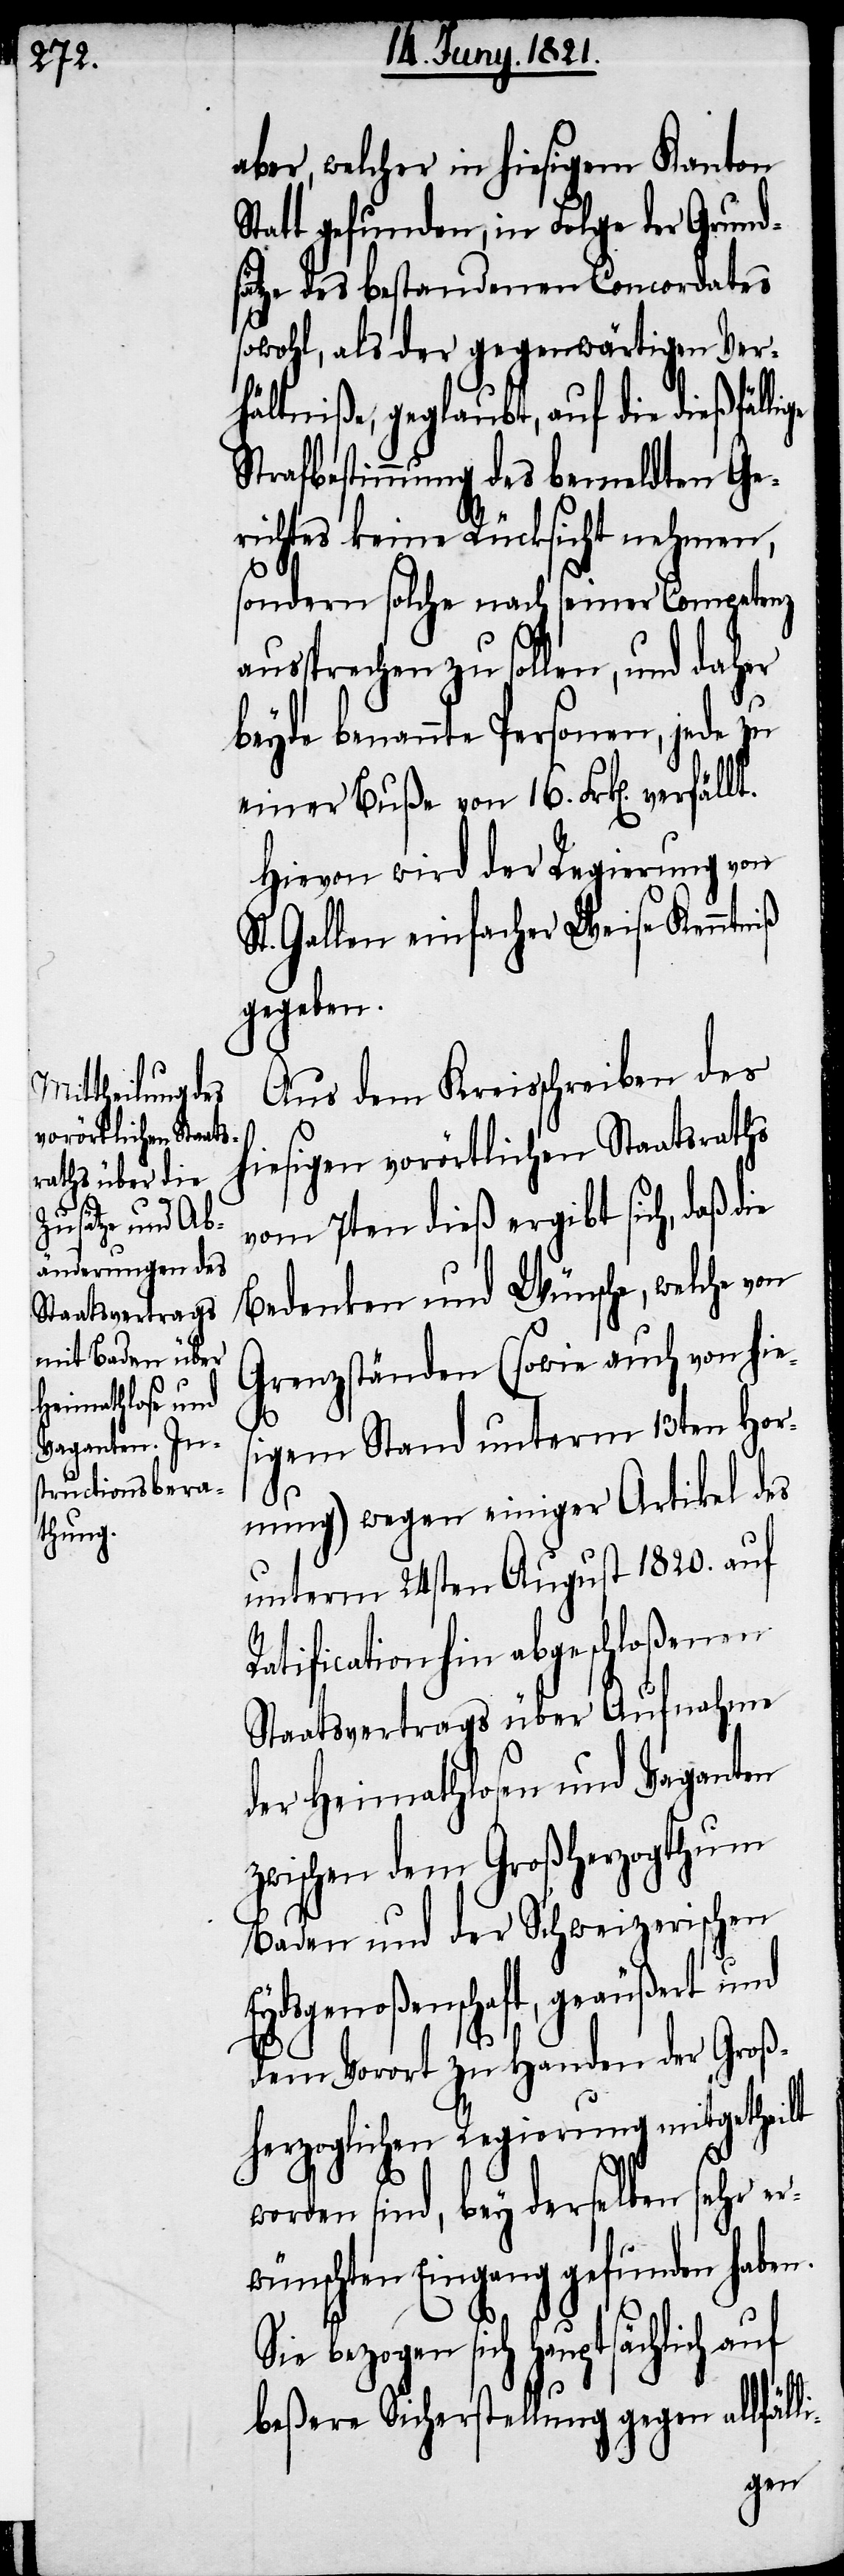
Ey¬

aber, welcher in hiesigem Kanton
Statt gefunden, in Folge der Grunds¬
ätze des bestandenen Concordates
sowohl, als der gegenwärtigen Ver¬
hältniße, geglaubt, auf die dießfälli¬
Strafbestimmung des bemeldten Ge¬
richtes keine Rücksicht nehmen,
sondern solche nach seiner Competenz
aussprechen zu sollen, und daher
beyde benannte Personen, jede zu
einer Buße von 16. Frk[en].
Hievon wird der Regierung von
Gallen einfacher Weise Kenntniß
gegeben.
Aus dem Kreisschreiben des
hiesigen vorörtlichen Staatsraths
vom 7ten dieß ergibt sich, daß die
Bedenken und Wünsche, welche von
Grenzständen (sowie auch von hie¬
sigem Stand unterm 13ten Hor¬
nung) wegen einiger Artikel des
unterm 24sten August 1820. auf
Ratification hin abgeschloßenen
Staatsvertrags über Aufnahme
der Heimathlosen und Vaganten
zwischen dem Großherzogthum
Baden und der Schweizerischen
dsgenoßenschaft, geäußert und
dem Vorort zu Handen der Groß¬
herzoglichen Regierung mitgetheilt
worden sind, bey derselben sehr er¬
wünschten Eingang gefunden haben.
Sie bezogen sich hauptsächlich auf
beßere Sicherstellung gegen allfälli-
ge